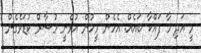
މީ އަދި މާ ފައްކާ ބައެއް. އެހެން މީހުން އުޅެނީ މުސާރް ކުޑަވެގެން